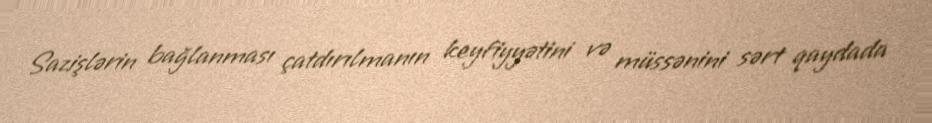
Sazişlərin bağlanması çatdırılmanın keyfiyyətini və müssənini sərt qaydada